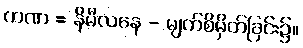
ကဏ = နိမီလနေ - မျက်စိမှိတ်ခြင်း၌။